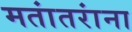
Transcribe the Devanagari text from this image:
मतांतरांना